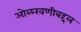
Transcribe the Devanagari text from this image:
ओळखणीबद्दल